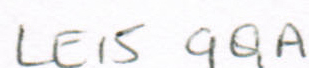
LEIS 9QA